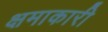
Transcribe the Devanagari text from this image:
क्षमाकारी